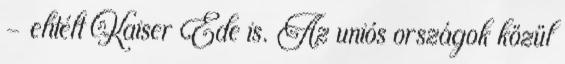
- elítélt Kaiser Ede is. Az uniós országok közül